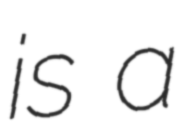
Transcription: is a